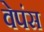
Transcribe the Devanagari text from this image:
वेपंस